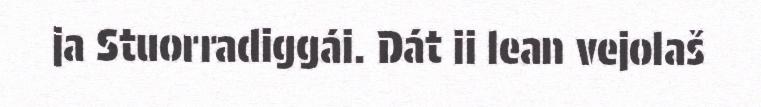
ja Stuorradiggái. Dát ii lean vejolaš